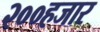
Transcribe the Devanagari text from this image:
२००हजार